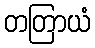
တတြာယံ